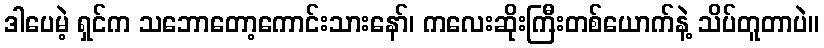
ဒါပေမဲ့ ရှင်က သဘောတော့ကောင်းသားနော်၊ ကလေးဆိုးကြီးတစ်ယောက်နဲ့ သိပ်တူတာပဲ။